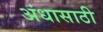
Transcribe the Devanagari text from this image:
अंधासाठी